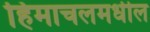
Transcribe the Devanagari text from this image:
हिमाचलमधील